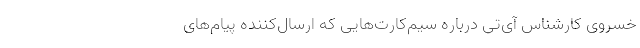
خسروی کارشناس آی‌تی درباره سیم‌کارت‌هایی که ارسال‌کننده پیام‌های